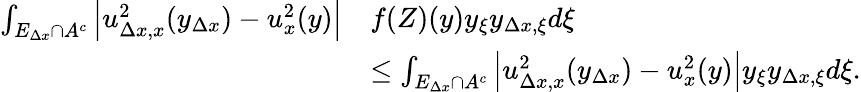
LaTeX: \begin{array}{rl}{\int_{E_{\Delta x}\cap A^{c}}\left|u_{\Delta x,x}^{2}(y_{\Delta x})-u_{x}^{2}(y)\right|}&{f(Z)(y)y_{\xi}y_{\Delta x,\xi}d\xi}\\ &{\leq\int_{E_{\Delta x}\cap A^{c}}\left|u_{\Delta x,x}^{2}(y_{\Delta x})-u_{x}^{2}(y)\right|y_{\xi}y_{\Delta x,\xi}d\xi.}\end{array}